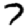
Digit: 7